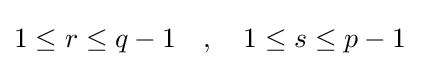
1\leq r\leq q-1\quad ,\quad 1\leq s\leq p-1\